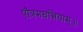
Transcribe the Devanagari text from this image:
पौत्रमघन्नियाम्॥